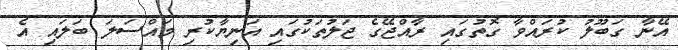
އޭނާ ގަބޫލު ކުރައްވާ ގޮތުގައި ރާއްޖޭގެ ޖަލުތަކުގައި އަނިޔާކުރި މައްސަލަ ބަލައި އެ